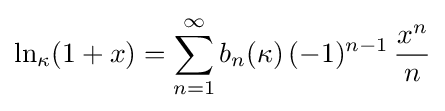
\ln _{\kappa }(1+x)=\sum _{n=1}^{\infty }b_{n}(\kappa )\,(-1)^{n-1}\,{\frac {x^{n}}{n}}